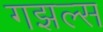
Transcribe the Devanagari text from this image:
गझल्स